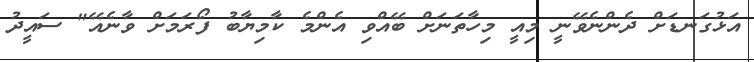
އަޅުގަނޑަށް ދެންނެވޭނީ މިއީ މިހާތަނަށް ބޭއްވި އެންމެ ކާމިޔާބު ފޯރަމަށް ވާނެއޭ" ސައީދު